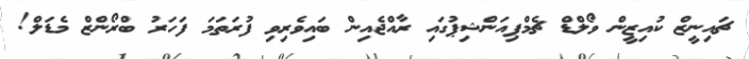
ޗައިނީޒް ކުއިޒީން ވޯލްޑް ޗެމްޕިއަންޝިޕުގައި ރާއްޖެއިން ބައިވެރިވި ފުރަތަމަ ފަހަރު ބްރޯންޒް މެޑަލް!